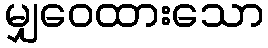
မျှဝေထားသော